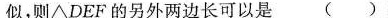
似，则\bigtriangleupDEF的另外两边长可以是( )